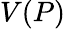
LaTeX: V(P)